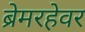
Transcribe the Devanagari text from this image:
ब्रेमरहेवर